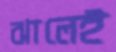
ঝালেই